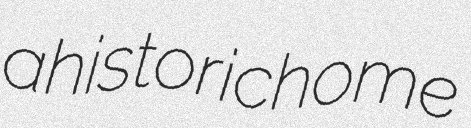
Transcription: a historic home